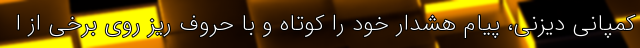
کمپانی دیزنی، پیام هشدار خود را کوتاه و با حروف ریز روی برخی از ا